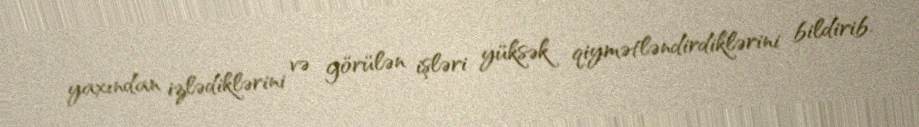
yaxından izlədiklərini və görülən işləri yüksək qiymətləndirdiklərini bildirib.